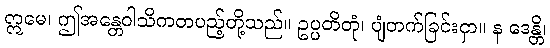
ဣမေ၊ ဤအန္တေဝါသိကတပည့်တို့သည်။ ဥပ္ပတိတုံ၊ ပျံတက်ခြင်းငှာ။ န ဒေန္တိ၊